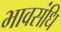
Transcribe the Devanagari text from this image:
भावसंधि